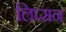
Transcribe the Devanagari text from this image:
लिप्सन